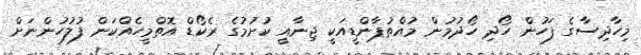
މިހާދިސާގެ ފަހުން ހޯދި ހޯދުމުން މުއްތުޕާންޑީއަކީ ޖިނާއީ ކުށުމުގެ ރެކޯޑް އޮތްމީހެއްކަން ފުލުހުންނަށް